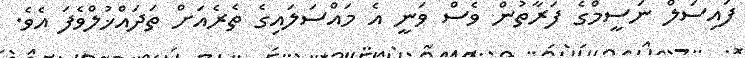
ފައިސަލް ނަސީމްގެ ފަރާތުން ވެސް ވަނީ އެ މައްސަލައިގެ ތެރެއަށް ތަދައްޚުލްވެފަ އެވެ.